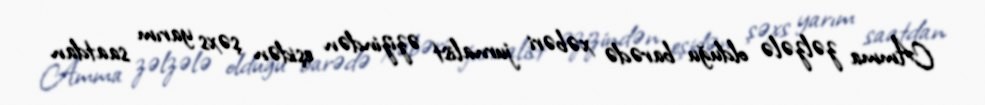
Amma zəlzələ olduğu barədə xəbəri jurnalist əzizindən eşidən şəxs yarım saatdan